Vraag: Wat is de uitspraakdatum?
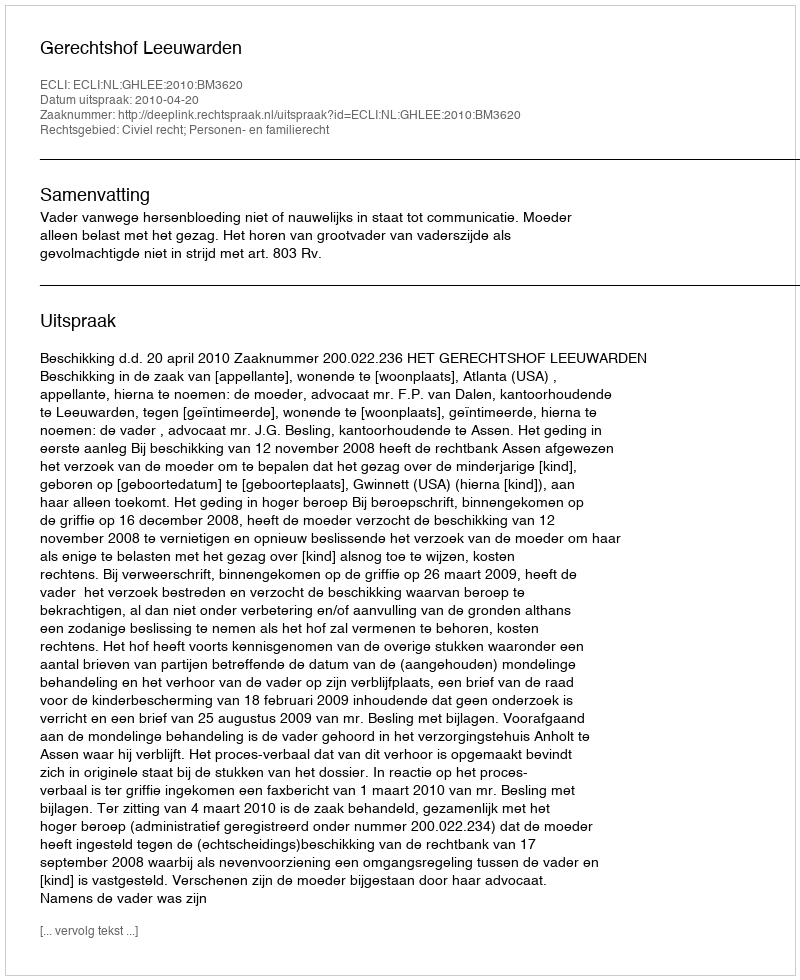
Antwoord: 2010-04-20